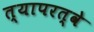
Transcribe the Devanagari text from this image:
त्यापरत्वे